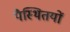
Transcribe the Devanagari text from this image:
पैस्थितयों